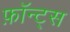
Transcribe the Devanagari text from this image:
फ़ॉन्ट्‍स